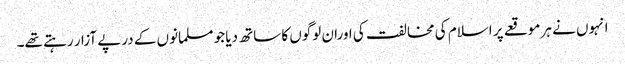
انہوں نے ہر موقعے پر اسلام کی مخالفت کی اوران لوگوں کا ساتھ دیا جو مسلمانوں کے درپے آزار رہتے تھے۔